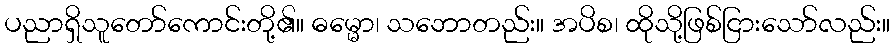
ပညာရှိသူတော်ကောင်းတို့၏။ ဓမ္မော၊ သဘောတည်း။ အပိစ၊ ထိုသို့ဖြစ်ငြားသော်လည်း။